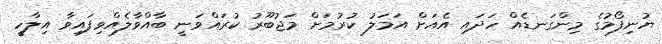
ޔުނިފޯމުގެ މިންގަނޑެއް ހަދައި އެއަށް އަމަލު ކުރުމަށް މަޖުބޫރު ކުރައްވަނީ ބާއްވާލެއްވިފައިވާ އިލާހީ